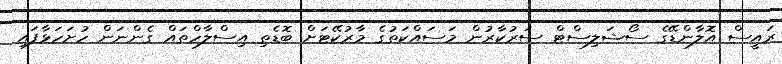
ރައީސް އޮލާންޑޭގެ ސޯޝަލިސްޓް ސަރުކާރުން މަސައްކަތުގެ މާރުކޭޓަށް ބޮޑެތި އިސްލާހްތައް ގެންނަން ހުށަހަޅާފައި